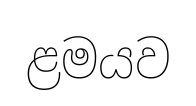
ළමයව